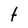
Character: t